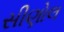
સીણોલ